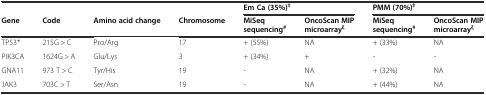
|  |  |  |  | <COLSPAN=2> Em Ca (35%)‡ | <COLSPAN=2> PMM (70%)‡ |
 | Gene | Code | Amino acid change | Chromosome | MiSeq sequencing# | OncoScan MIP microarrayξ | MiSeq sequencing# | OncoScan MIP microarrayξ |
 | --- | --- | --- | --- | --- | --- | --- | --- |
 | TP53* | 215G > C | Pro/Arg | 17 | + (55%) | NA | + (33%) | NA |
 | PIK3CA | 1624G > A | Glu/Lys | 3 | + (34%) | + | - | - |
 | GNA11 | 973 T > C | Tyr/His | 19 | - | NA | + (32%) | NA |
 | JAK3 | 703C > T | Ser/Asn | 19 | - | NA | + (44%) | NA |